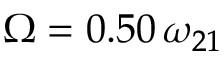
\Omega = 0 . 5 0 \, \omega _ { 2 1 }